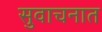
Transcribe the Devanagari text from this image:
सुवाचनात